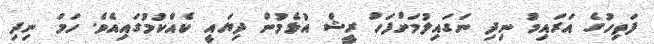
ފަތިހުގެ އަރައިމު ނިދި ނަގައިލުމަށްފަހު ރީޝް އުޅެމުން ދިޔައީ ކެއްކުމުގައިއެވެ. ހަމަ ނިދި